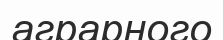
аграрного